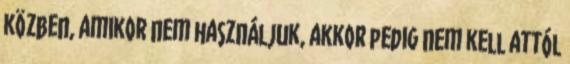
közben, amikor nem használjuk, akkor pedig nem kell attól